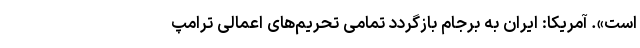
است». آمریکا: ایران به برجام بازگردد تمامی تحریم‌های اعمالی ترامپ